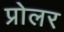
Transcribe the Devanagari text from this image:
प्रोलर